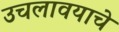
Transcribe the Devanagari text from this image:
उचलावयाचे